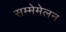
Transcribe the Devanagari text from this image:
सम्मेमेलन